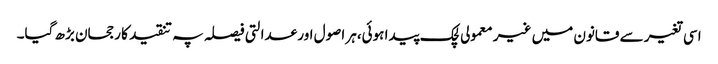
اسی تغیر سے قانون میں غیر معمولی لچک پیدا ہوئی،ہر اصول اور عدالتی فیصلہ پہ تنقید کا رجحان بڑھ گیا۔